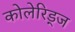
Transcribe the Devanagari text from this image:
कोलेरिड्ज